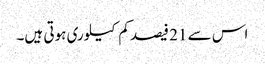
اس سے 21 فیصد کم کیلوری ہوتی ہیں۔